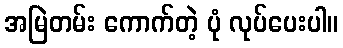
အမြဲတမ်း ကောက်တဲ့ ပုံ လုပ်ပေးပါ။